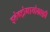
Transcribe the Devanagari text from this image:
इलेक्ट्रोमायोग्राफ़ी